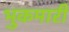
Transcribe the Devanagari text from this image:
भुकमारी